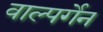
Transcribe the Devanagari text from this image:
वाल्पर्गेन